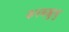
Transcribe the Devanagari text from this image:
कनकक्कुन्नु